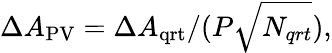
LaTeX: \Delta A_{\mathrm{{PV}}}=\Delta A_{\mathrm{{qrt}}}/(P\sqrt{N_{qrt}}),